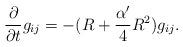
LaTeX: \begin{align*}\frac{\partial}{\partial t}g_{ij}=-(R+\frac{\alpha'}{4}R^2)g_{ij}. \end{align*}